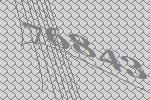
76843